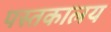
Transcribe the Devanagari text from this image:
पस्तकालय